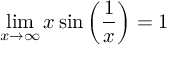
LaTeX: \operatorname* { l i m } _ { x \to \infty } x \sin \left( { \frac { 1 } { x } } \right) = 1